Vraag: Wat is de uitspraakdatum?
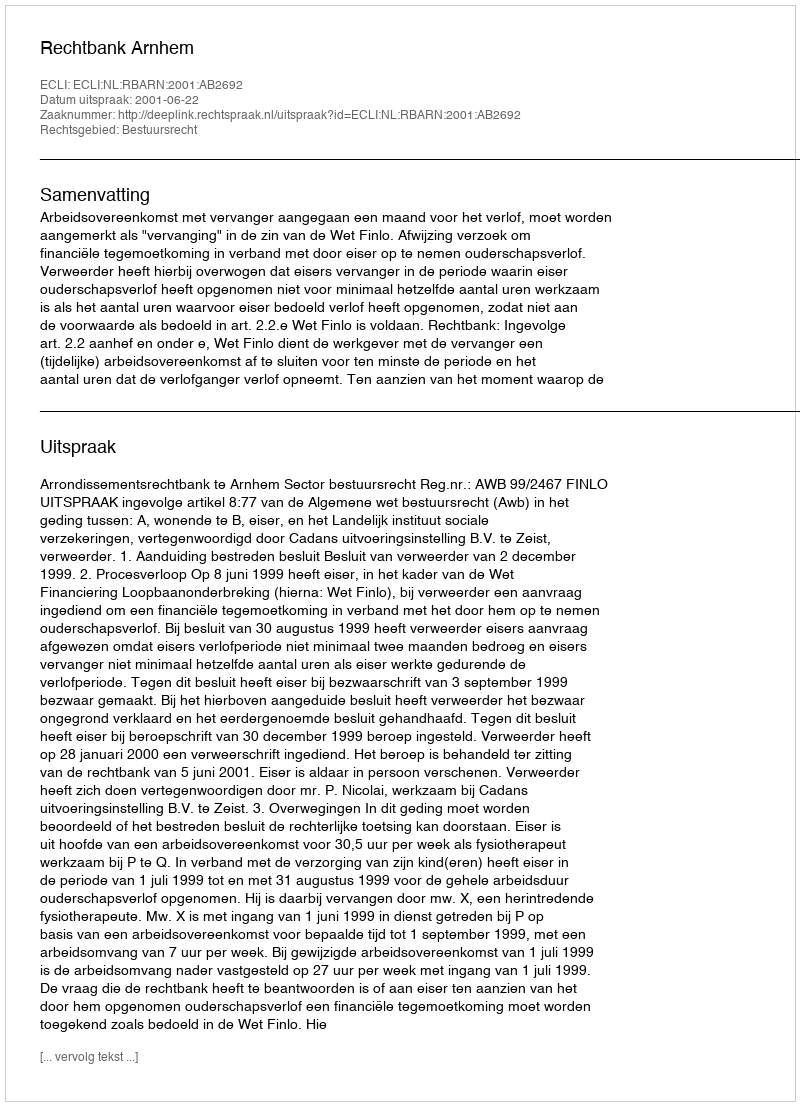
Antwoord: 2001-06-22